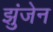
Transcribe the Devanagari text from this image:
झुंजेन